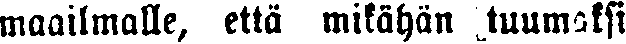
maailmalle, että mikähän tuumaksi